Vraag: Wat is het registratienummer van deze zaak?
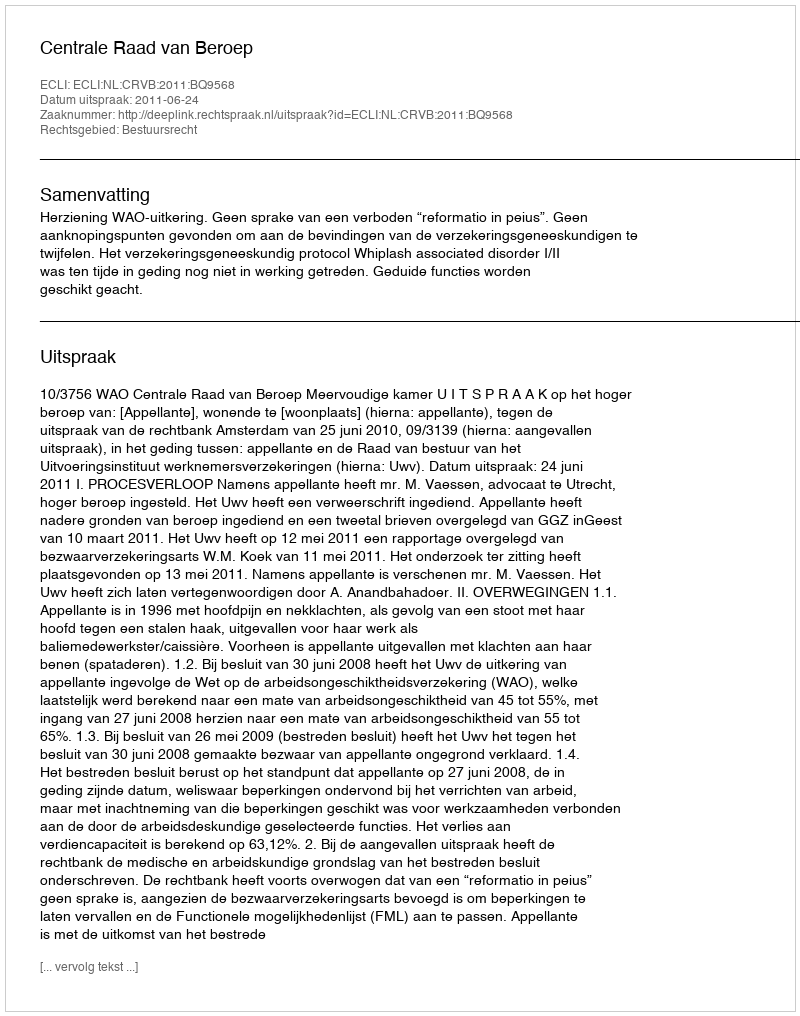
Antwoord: http://deeplink.rechtspraak.nl/uitspraak?id=ECLI:NL:CRVB:2011:BQ9568